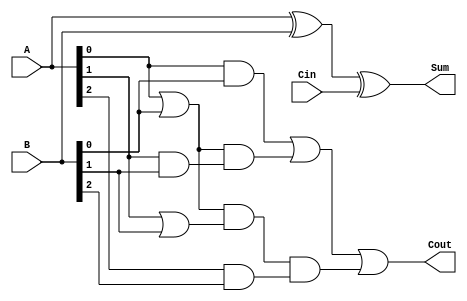
module carry_lookahead_subtractor (
    input [3:0] A,
    input [3:0] B,
    input Cin,
    output [3:0] Sum,
    output Cout
);

wire [3:0] D;
wire [2:0] G, P;

assign D = A ^ B;
assign G[0] = A[0] & B[0];
assign G[1] = A[1] & B[1];
assign G[2] = A[2] & B[2];
assign P[0] = A[0] | B[0];
assign P[1] = A[1] | B[1];
assign P[2] = A[2] | B[2];

assign Sum = D ^ Cin;
assign Cout = G[0] | (P[0] & G[1]) | (P[0] & P[1] & G[2]);

endmodule